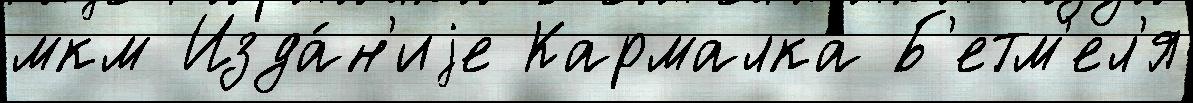
мкм Изда́н'иjе Кармалка Б'етм'ел'я